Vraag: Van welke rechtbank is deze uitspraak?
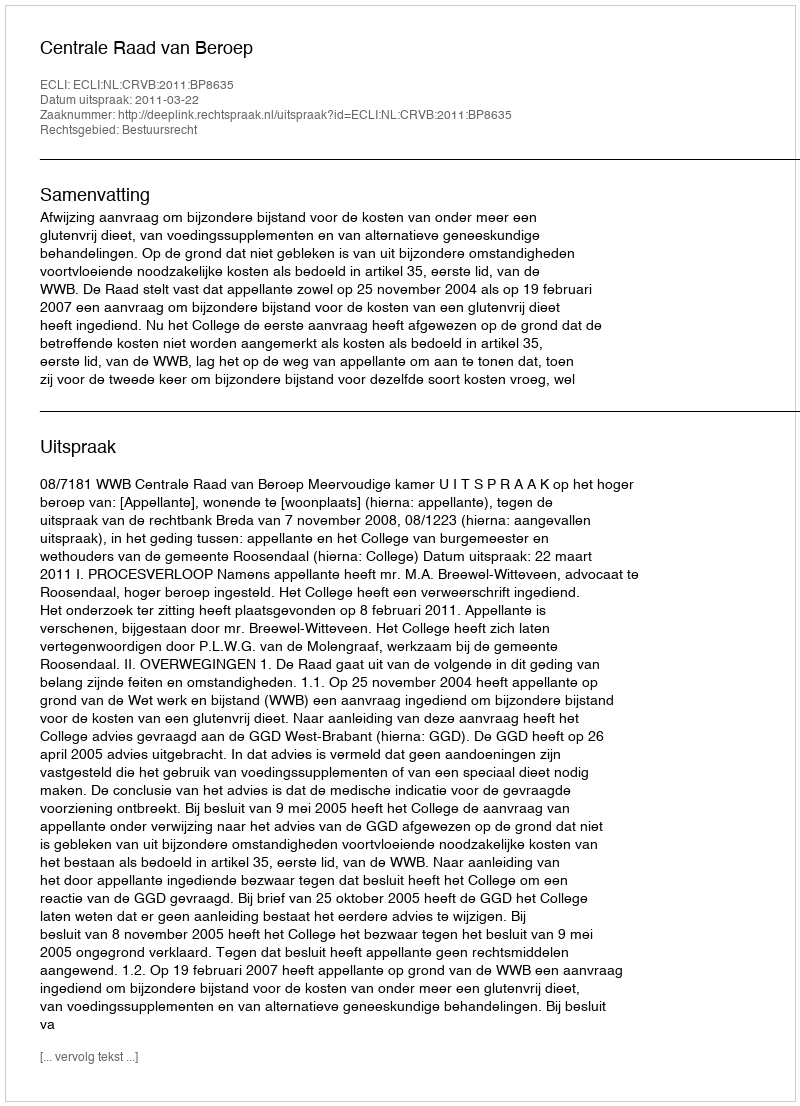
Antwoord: Centrale Raad van Beroep